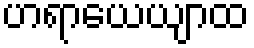
ဟရာယေယျာထ